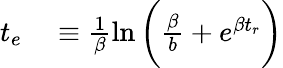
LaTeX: \begin{array}{rl}{t_{e}}&{{}\equiv\frac{1}{\beta}\ln{\bigg(\frac{\beta}{b}+e^{\beta t_{r}}\bigg)}}\end{array}